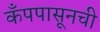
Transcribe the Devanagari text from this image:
कँपपासूनची